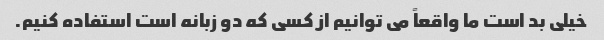
خیلی بد است ما واقعاً می توانیم از کسی که دو زبانه است استفاده کنیم.